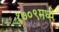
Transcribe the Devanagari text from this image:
१७०९मध्ये